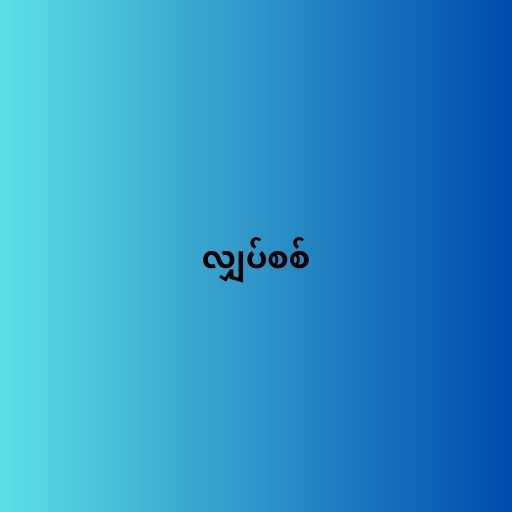
လျှပ်စစ်